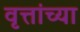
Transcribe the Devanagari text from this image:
वृत्तांच्या